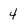
Character: 4